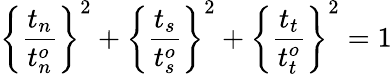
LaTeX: \left\{ \frac{t_{n}}{t_{n}^{o}}\right\} ^{2}+\left\{ \frac{t_{s}}{t_{s}^{o}}\right\} ^{2}+\left\{ \frac{t_{t}}{t_{t}^{o}}\right\} ^{2}=1